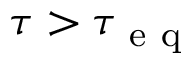
\tau > \tau _ { \mathrm { ~ e ~ q ~ } }